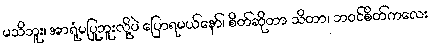
မသိဘူး၊ အာရုံမပြုဘူးလို့ပဲ ပြောရမယ်နော်၊ စိတ်ဆိုတာ သိတာ၊ ဘဝင်စိတ်ကလေး